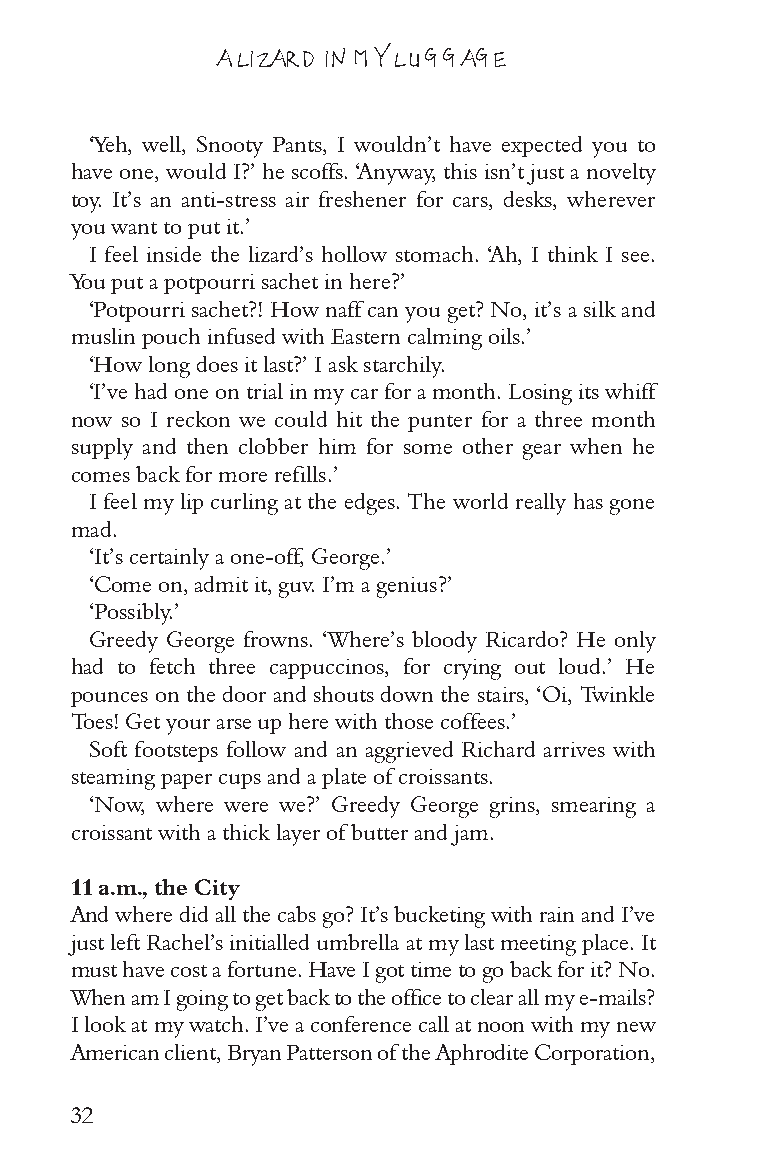
A LIZARD IN MY LUGGAGE
 ‘Yeh, well, Snooty Pants, I wouldn’t have expected you to
 have one, would I?’ he scoffs. ‘Anyway, this isn’t just a novelty
 toy. It’s an anti-stress air freshener for cars, desks, wherever
 you want to put it.’
 I feel inside the lizard’s hollow stomach. ‘Ah, I think I see.
 You put a potpourri sachet in here?’
 ‘Potpourri sachet?! How naff can you get? No, it’s a silk and
 muslin pouch infused with Eastern calming oils.’
 ‘How long does it last?’ I ask starchily.
 ‘I’ve had one on trial in my car for a month. Losing its whiff
 now so I reckon we could hit the punter for a three month
 supply and then clobber him for some other gear when he
 comes back for more refills.’
 I feel my lip curling at the edges. The world really has gone
 mad.
 ‘It’s certainly a one-off, George.’
 ‘Come on, admit it, guv. I’m a genius?’
 ‘Possibly.’
 Greedy George frowns. ‘Where’s bloody Ricardo? He only
 had to fetch three cappuccinos, for crying out loud.’ He
 pounces on the door and shouts down the stairs, ‘Oi, Twinkle
 Toes! Get your arse up here with those coffees.’
 Soft footsteps follow and an aggrieved Richard arrives with
 steaming paper cups and a plate of croissants.
 ‘Now, where were we?’ Greedy George grins, smearing a
 croissant with a thick layer of butter and jam.
 11 a.m., the City
 And where did all the cabs go? It’s bucketing with rain and I’ve
 just left Rachel’s initialled umbrella at my last meeting place. It
 must have cost a fortune. Have I got time to go back for it? No.
 When am I going to get back to the office to clear all my e-mails?
 I look at my watch. I’ve a conference call at noon with my new
 American client, Bryan Patterson of the Aphrodite Corporation,
 32